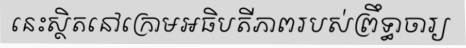
នេះស្ថិតនៅក្រោមអធិបតីភាពរបស់ព្រឹទ្ធាចារ្យ